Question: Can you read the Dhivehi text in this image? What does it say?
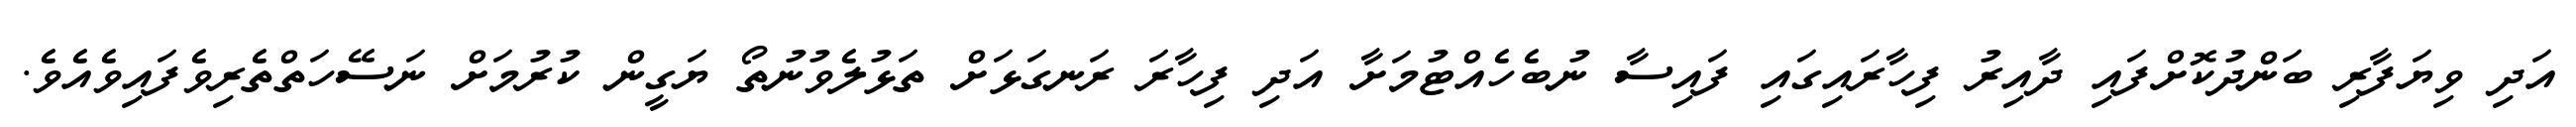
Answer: އަދި ވިޔަފާރި ބަންދުކޮށްފައި ދާއިރު ފިހާރައިގައި ފައިސާ ނުބެހެއްޓުމަށާ އަދި ފިހާރަ ރަނގަޅަށް ތަޅުލެވުނުތޯ ޔަގީން ކުރުމަށް ނަސޭހަތްތެރިވެފައިވެއެވެ.